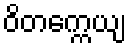
ဝိတက္ကေယျ